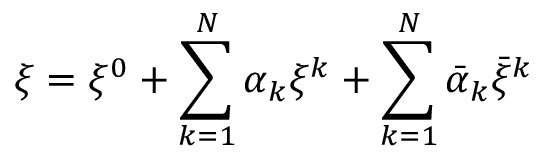
\xi = \xi ^ { 0 } + \sum _ { k = 1 } ^ { \cal N } \alpha _ { k } \xi ^ { k } + \sum _ { k = 1 } ^ { \cal N } \bar { \alpha } _ { k } \bar { \xi } ^ { k }